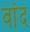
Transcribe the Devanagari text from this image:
वांद